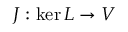
J : \ker L \to V